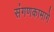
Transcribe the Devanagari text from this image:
संगणकामागे